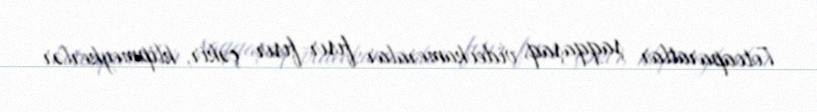
Fotoaparatlar şaqqaşaq, videokameralar fısır-fısır çəkir, klipmeykerlər